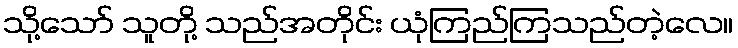
သို့သော် သူတို့ သည်အတိုင်း ယုံကြည်ကြသည်တဲ့လေ။